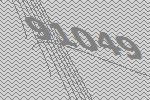
91049